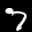
Label: 7